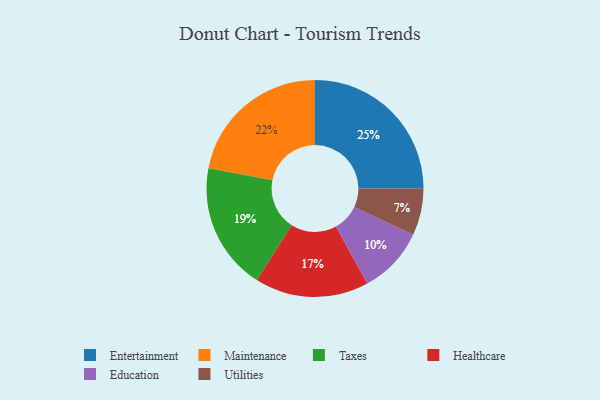
{"axis": {"x": "Category", "y": "Percentage"}, "legend": ["Education", "Entertainment", "Healthcare", "Maintenance", "Taxes", "Utilities"], "data": [{"x": "Maintenance", "y": 22, "type": "Maintenance"}, {"x": "Entertainment", "y": 25, "type": "Entertainment"}, {"x": "Utilities", "y": 7, "type": "Utilities"}, {"x": "Education", "y": 10, "type": "Education"}, {"x": "Healthcare", "y": 17, "type": "Healthcare"}, {"x": "Taxes", "y": 19, "type": "Taxes"}]}